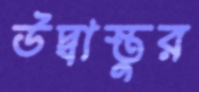
উদ্বাস্তুর